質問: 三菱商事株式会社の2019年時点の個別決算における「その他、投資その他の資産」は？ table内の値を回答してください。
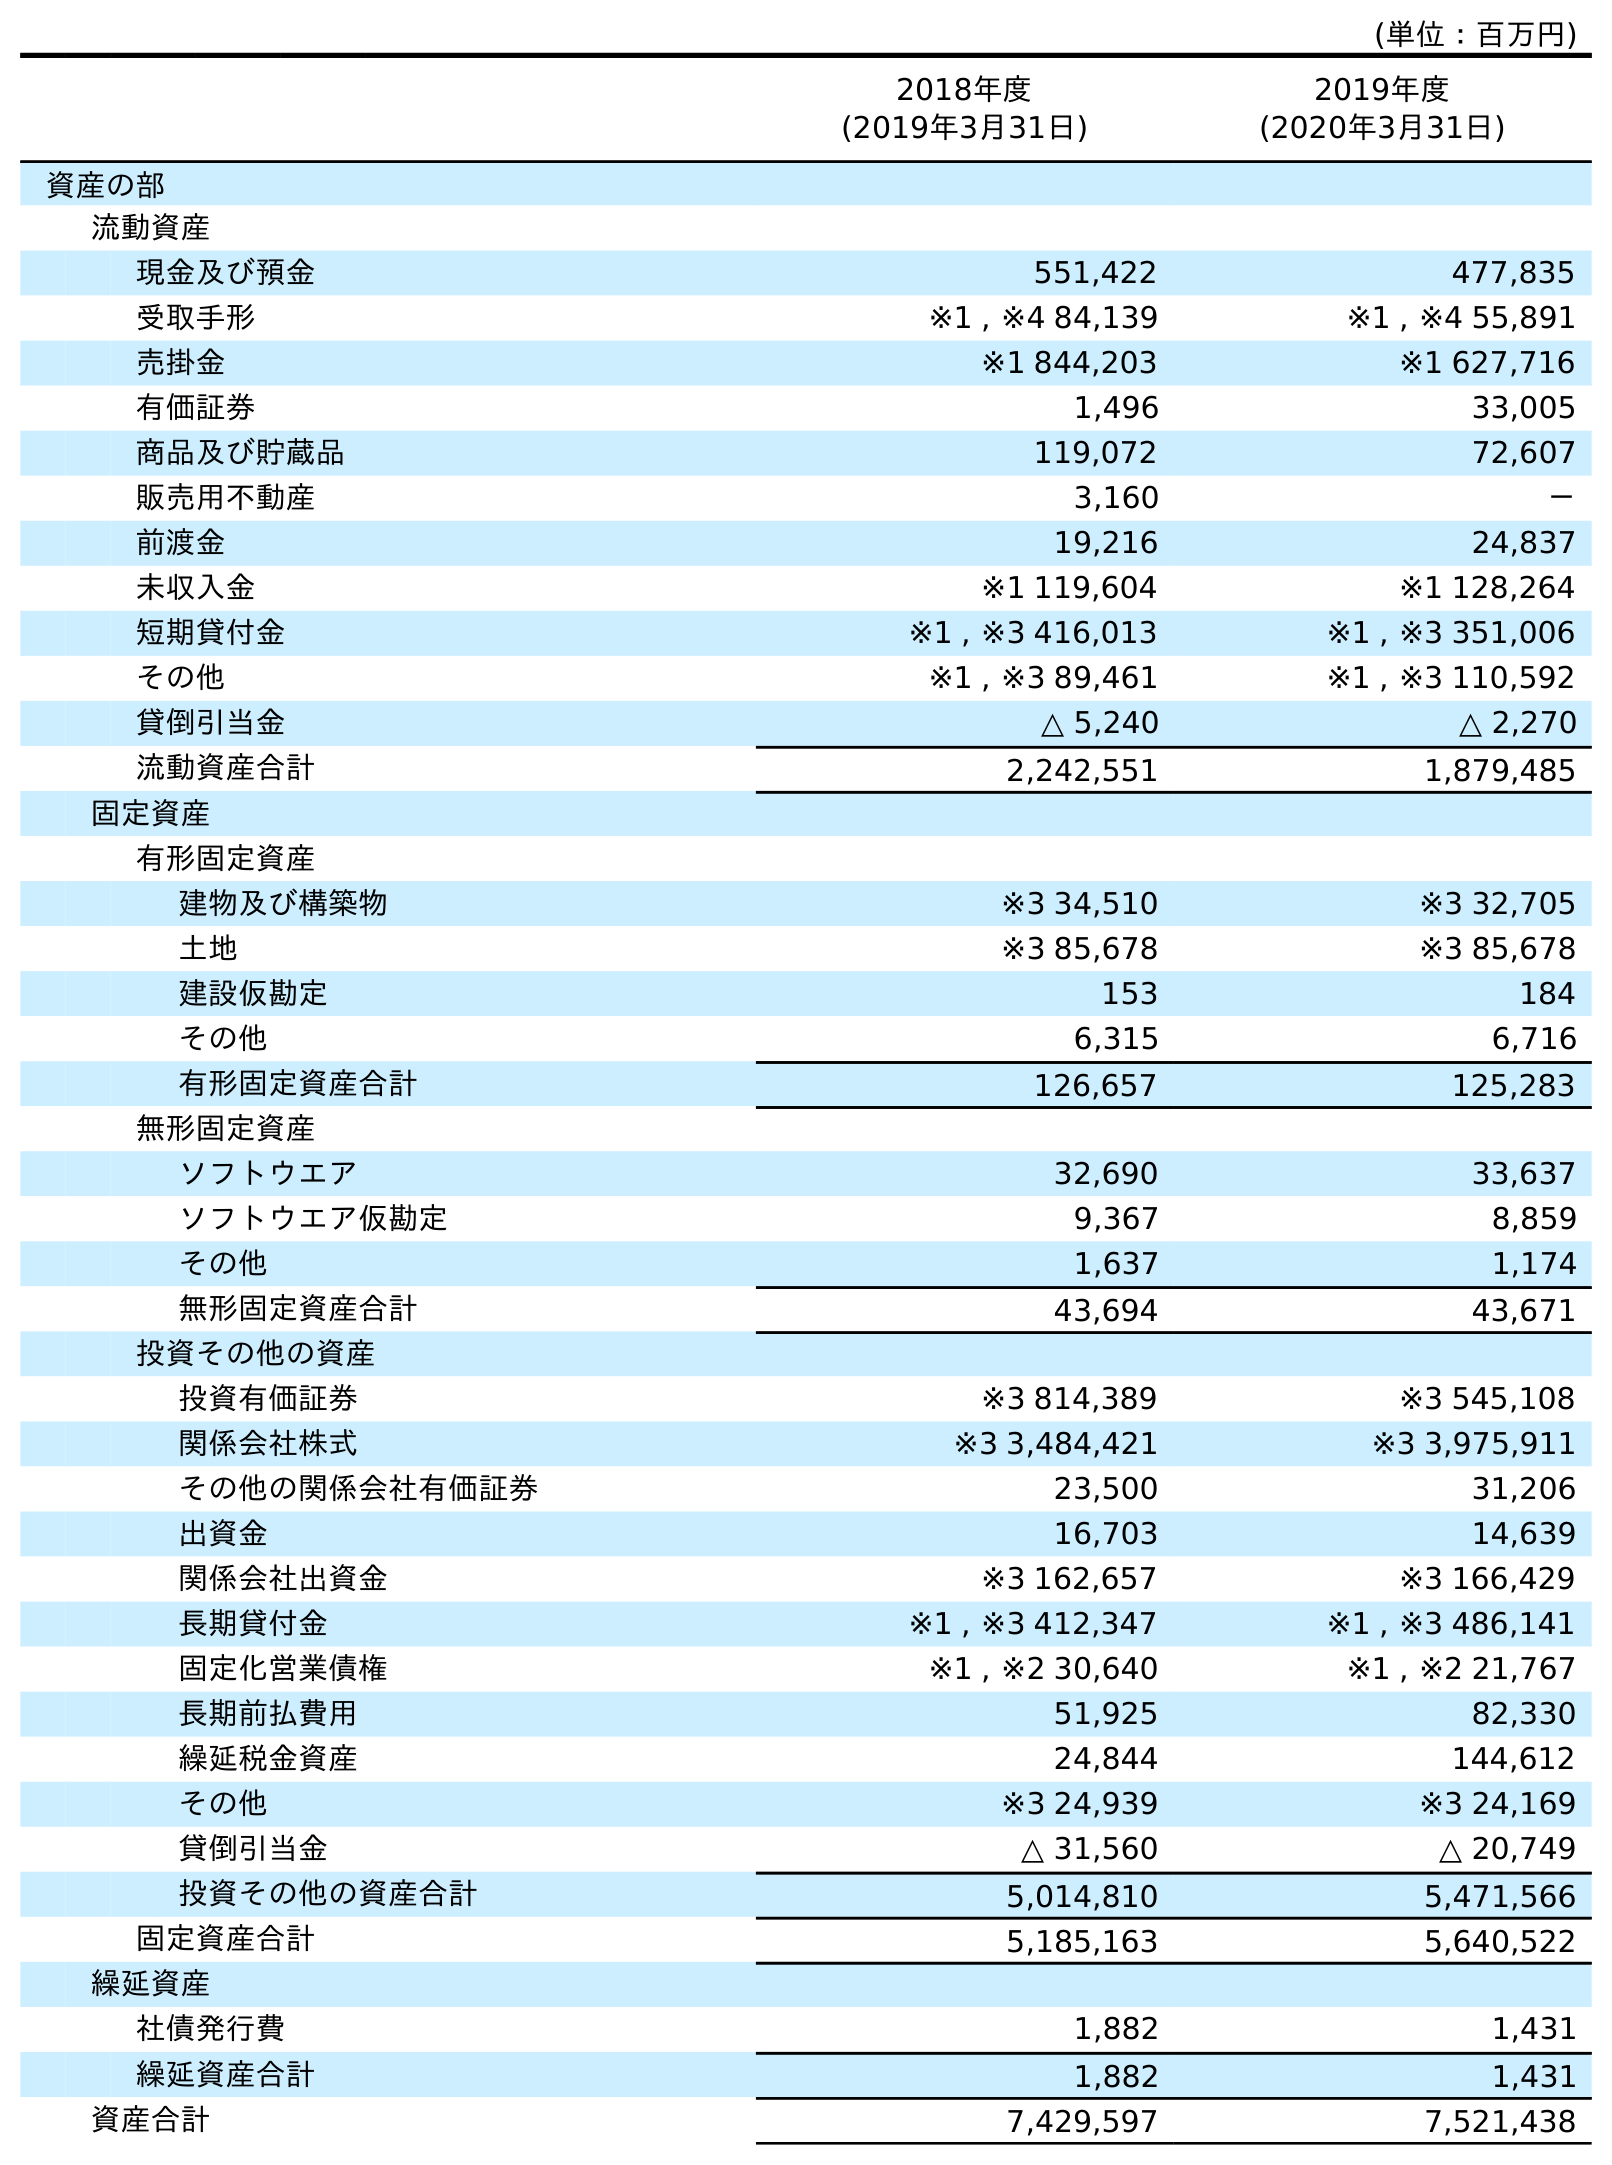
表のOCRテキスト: (単位：百万円) 2018年度 (2019年3月31日) 2019年度 (2020年3月31日) 資産の部 流動資産 現金及び預金 551,422 477,835 受取手形 ※1 , ※4 84,139 ※1 , ※4 55,891 売掛金 ※1 844,203 ※1 627,716 有価証券 1,496 33,005 商品及び貯蔵品 119,072 72,607 販売用不動産 3,160 － 前渡金 19,216 24,837 未収入金 ※1 119,604 ※1 128,264 短期貸付金 ※1 , ※3 416,013 ※1 , ※3 351,006 その他 ※1 , ※3 89,461 ※1 , ※3 110,592 貸倒引当金 △ 5,240 △ 2,270 流動資産合計 2,242,551 1,879,485 固定資産 有形固定資産 建物及び構築物 ※3 34,510 ※3 32,705 土地 ※3 85,678 ※3 85,678 建設仮勘定 153 184 その他 6,315 6,716 有形固定資産合計 126,657 125,283 無形固定資産 ソフトウエア 32,690 33,637 ソフトウエア仮勘定 9,367 8,859 その他 1,637 1,174 無形固定資産合計 43,694 43,671 投資その他の資産 投資有価証券 ※3 814,389 ※3 545,108 関係会社株式 ※3 3,484,421 ※3 3,975,911 その他の関係会社有価証券 23,500 31,206 出資金 16,703 14,639 関係会社出資金 ※3 162,657 ※3 166,429 長期貸付金 ※1 , ※3 412,347 ※1 , ※3 486,141 固定化営業債権 ※1 , ※2 30,640 ※1 , ※2 21,767 長期前払費用 51,925 82,330 繰延税金資産 24,844 144,612 その他 ※3 24,939 ※3 24,169 貸倒引当金 △ 31,560 △ 20,749 投資その他の資産合計 5,014,810 5,471,566 固定資産合計 5,185,163 5,640,522 繰延資産 社債発行費 1,882 1,431 繰延資産合計 1,882 1,431 資産合計 7,429,597 7,521,438
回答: ※324,939